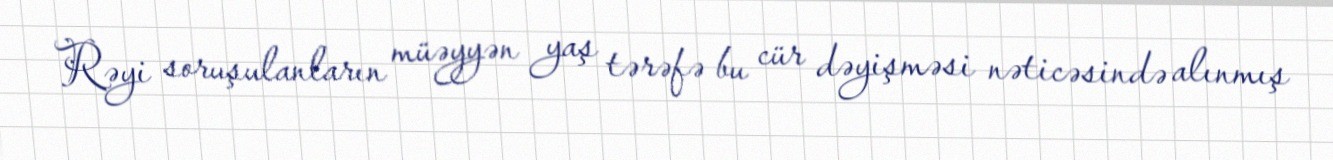
Rəyi soruşulanların müəyyən yaş tərəfə bu cür dəyişməsi nəticəsində alınmış